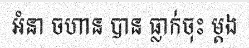
អំនា ចហាន បាន ធ្លាក់ចុះ ម្តង